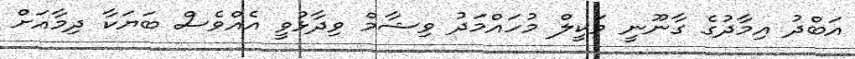
އަބްދު އިމާދުގެ ގާނޫނީ ވަކީލް މުހައްމަދު ވިޝާމް ވިދާޅުވީ އެއްވެސް ބަޔަކާ ދިމާއަށް